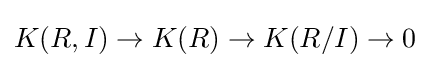
K(R,I)\to K(R)\to K(R/I)\to 0